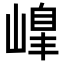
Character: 𡻇